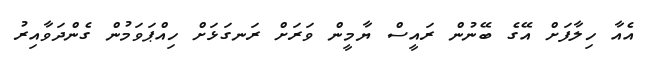
އެއާ ހިލާފަށް އޭގެ ބޭނުން ރައީސް ޔާމީން ވަރަށް ރަނގަޅަށް ހިއްޕަވަމުން ގެންދަވާއިރު